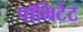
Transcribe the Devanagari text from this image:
पॉमिटेट